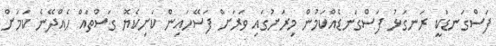
ފަސްގަނޑަކީ ރަނގަޅު ފަސްގަނޑެއްކަމުން މިރަށުގައި ވަރަށް ފަސޭހައިން ކަށިކެޔޮ ގަސްތައް ހެއްދޭނެ ކަމަށް